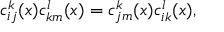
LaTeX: c _ { i j } ^ { k } ( x ) c _ { k m } ^ { l } ( x ) = c _ { j m } ^ { k } ( x ) c _ { i k } ^ { l } ( x ) ,